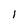
Character: l